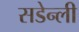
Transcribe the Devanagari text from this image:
सडेन्ली